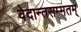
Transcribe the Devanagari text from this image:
वेदान्तसम्मतम्